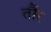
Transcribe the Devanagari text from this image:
तौंर